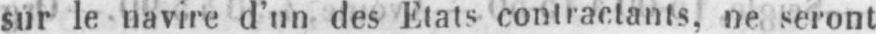
sur le navire d’un des Etats contractants, ne seront